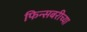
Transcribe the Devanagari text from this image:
फिन्सबरीच्या